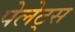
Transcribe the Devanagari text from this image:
पेलेट्स